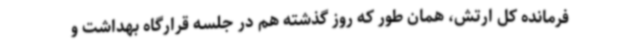
فرمانده کل ارتش، همان طور که روز گذشته هم در جلسه قرارگاه بهداشت و